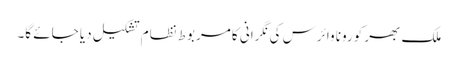
ملک بھر کورونا وائرس کی نگرانی کا مربوط نظام تشکیل دیا جائے گا۔